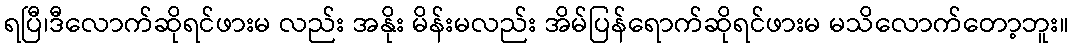
ရပြီ၊ဒီလောက်ဆိုရင်ဖားမ လည်း အနိုး မိန်းမလည်း အိမ်ပြန်ရောက်ဆိုရင်ဖားမ မသိလောက်တော့ဘူး။